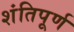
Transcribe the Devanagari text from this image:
शंतिपूर्ण